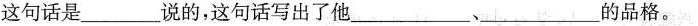
这句话是___说的，这句话写出了他___、___的品格。